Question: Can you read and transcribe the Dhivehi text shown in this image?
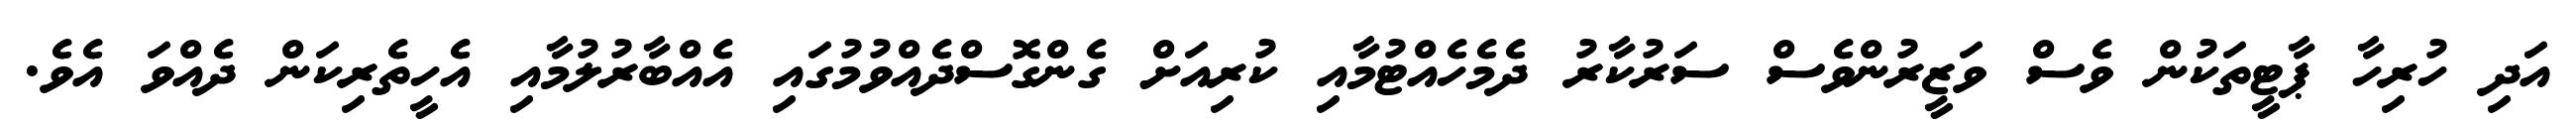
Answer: އަދި ހުރިހާ ޕާޓީތަކުން ވެސް ވަޒީރުންވެސް ސަރުކާރު ދެމެހެއްޓުމާއި ކުރިއަށް ގެންގޮސްދެއްވުމުގައި އެއްބާރުލުމާއި އެހީތެރިކަން ދެއްވަ އެވެ.